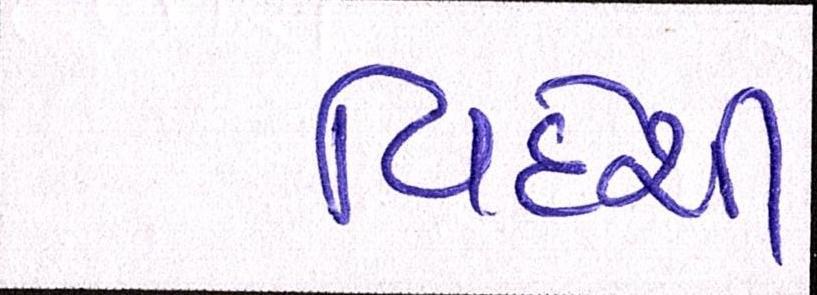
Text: વિદેશી